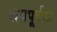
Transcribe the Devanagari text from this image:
लयपूर्वक